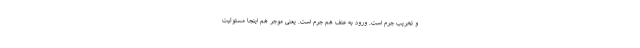
و تخریب جرم است. ورود به عنف هم جرم است. یعنی موجر هم اینجا مسئولیت